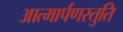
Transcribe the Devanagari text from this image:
आत्मार्पणस्तुति